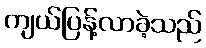
ကျယ်ပြန့်လာခဲ့သည်